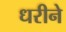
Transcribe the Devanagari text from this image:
धरीने